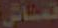
قماش